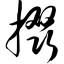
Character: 掇